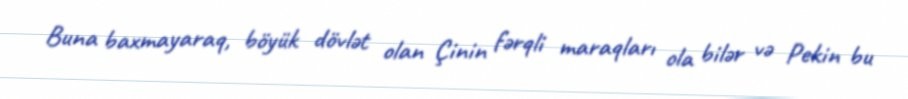
Buna baxmayaraq, böyük dövlət olan Çinin fərqli maraqları ola bilər və Pekin bu